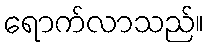
ရောက်လာသည်။